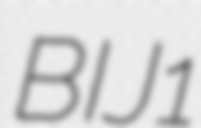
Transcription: BIJ1